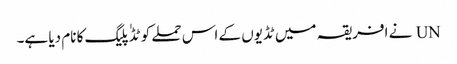
UN نے افریقہ میں ٹڈیوں کے اس حملے کو ٹڈٰ پلیگ کا نام دیا ہے۔